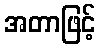
အတာဖြင့်